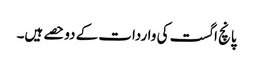
پانچ اگست کی واردات کے دوحصے ہیں۔